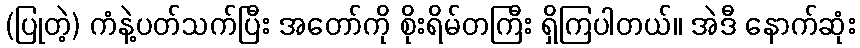
(ပြုတဲ့) ကံနဲ့ပတ်သက်ပြီး အတော်ကို စိုးရိမ်တကြီး ရှိကြပါတယ်။ အဲဒီ နောက်ဆုံး